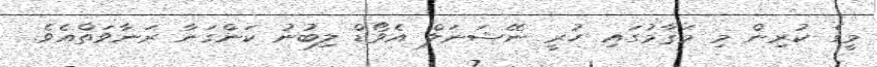
މީގެ ކުރިން މި މަޤާމުގައި ހުރީ ނޭޝަނަލް އެވޯޑް ލިބުނު ކަންގަނާ ރަނާވަތްއެވެ.